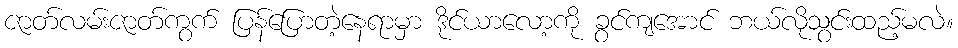
ဇာတ်လမ်းဇာတ်ကွက် ပြန်ပြောတဲ့နေရာမှာ ဒိုင်ယာလော့ကို ခွင်ကျအောင် ဘယ်လိုသွင်းထည့်မလဲ။